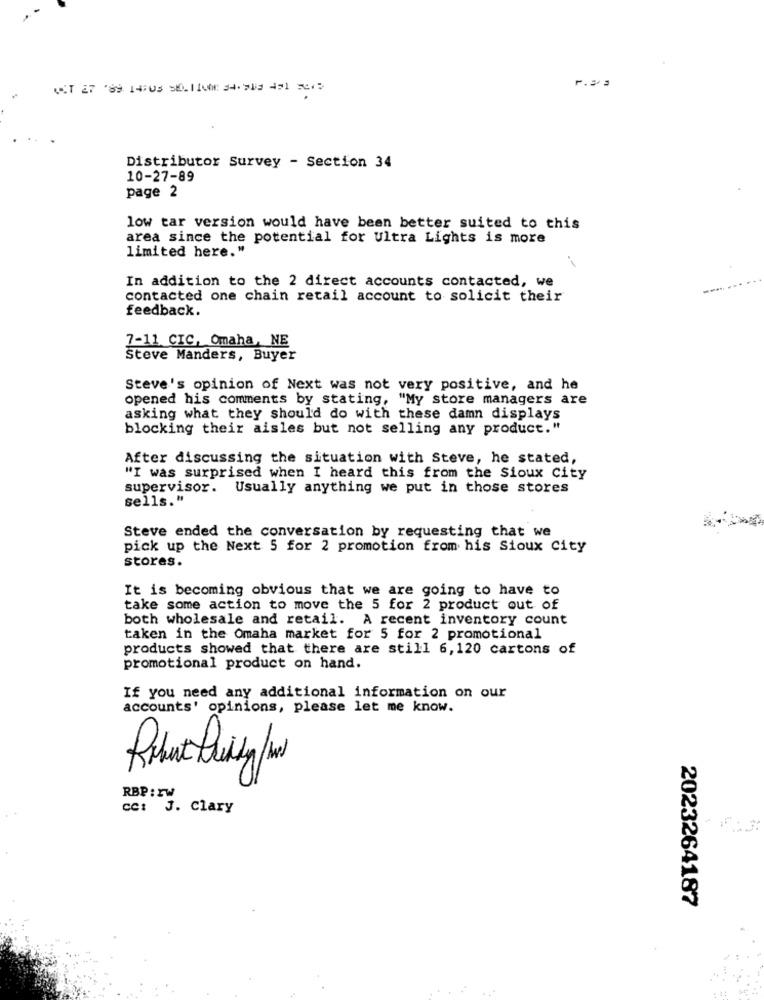
.-
UIT 27 89 14:05 50.110M 34.908 451 ser
Distributor Survey - Section 34
10-27-89
page 2
low tar version would have been better suited to this
area since the potential for Ultra Lights is more
limited here."
In addition to the 2 direct accounts contacted, we
contacted one chain retail account to solicit their
feedback.
7-11 CIC, Omaha, NE
Steve Manders, Buyer
Steve's opinion of Next was not very positive, and he
opened his comments by stating, "My store managers are
asking what they should do with these damn displays
blocking their aisles but not selling any product."
After discussing the situation with Steve, he stated,
"I was surprised when I heard this from the Sioux City
supervisor.
Usually anything we put in those stores
sells."
Steve ended the conversation by requesting that we
pick up the Next 5 for 2 promotion from his Sioux City
stores.
It is becoming obvious that we are going to have to
take some action to move the 5 for 2 product out of
both wholesale and retail. A recent inventory count
taken in the Omaha market for 5 for 2 promotional
products showed that there are still 6, 120 cartons of
promotional product on hand.
If you need any additional information on our
accounts' opinions, please let me know.
Rutiyw
RBP: rw
cc: J. Clary
2023264187